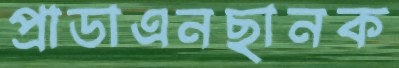
প্রাডাএনছানক